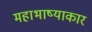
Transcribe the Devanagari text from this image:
महाभाष्याकार